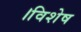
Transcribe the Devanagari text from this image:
।विशेष